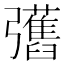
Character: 𢑇